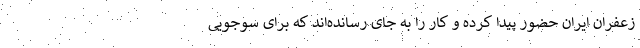
زعفران ایران حضور پیدا کرده و کار را به جای رسانده‌اند که برای سوجویی